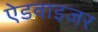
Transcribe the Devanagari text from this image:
ऐडवाइजर